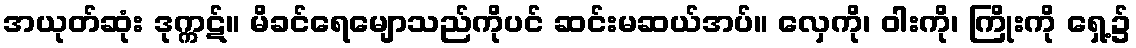
အယုတ်ဆုံး ဒုက္ကဋ်။ မိခင်ရေမျောသည်ကိုပင် ဆင်းမဆယ်အပ်။ လှေကို၊ ဝါးကို၊ ကြိုးကို ရှေ့၌